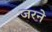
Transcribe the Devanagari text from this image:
जरने